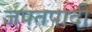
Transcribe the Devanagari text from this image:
जपतपादी